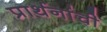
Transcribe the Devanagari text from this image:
प्रार्थनांची